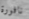
نافورة